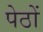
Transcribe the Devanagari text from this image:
पेठों